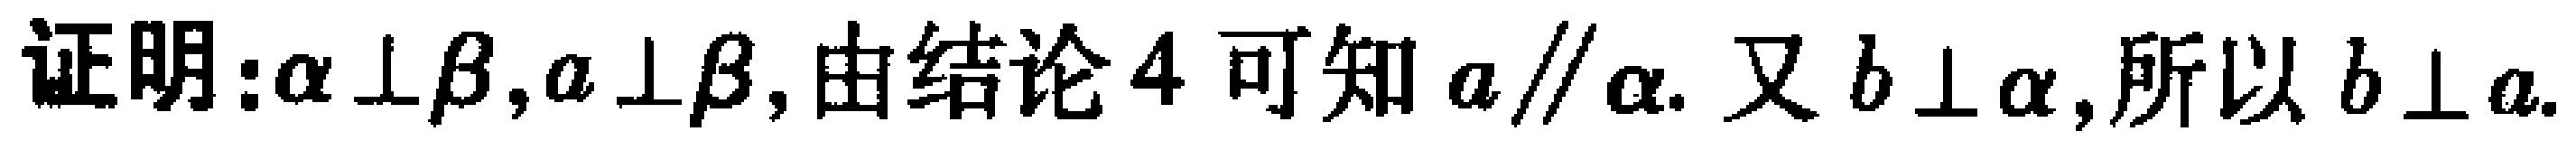
证明：$\alpha \perp \beta,a \perp \beta$, 由结论 4 可知 $a\parallel \alpha$. 又 $b \perp \alpha$, 所以 $b \perp a$.